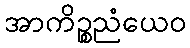
အာကိဉ္စညံယေဝ